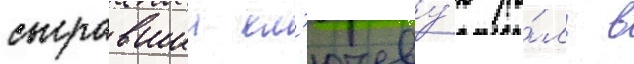
сыгравшии кл'ючеву́ю ро́ль в